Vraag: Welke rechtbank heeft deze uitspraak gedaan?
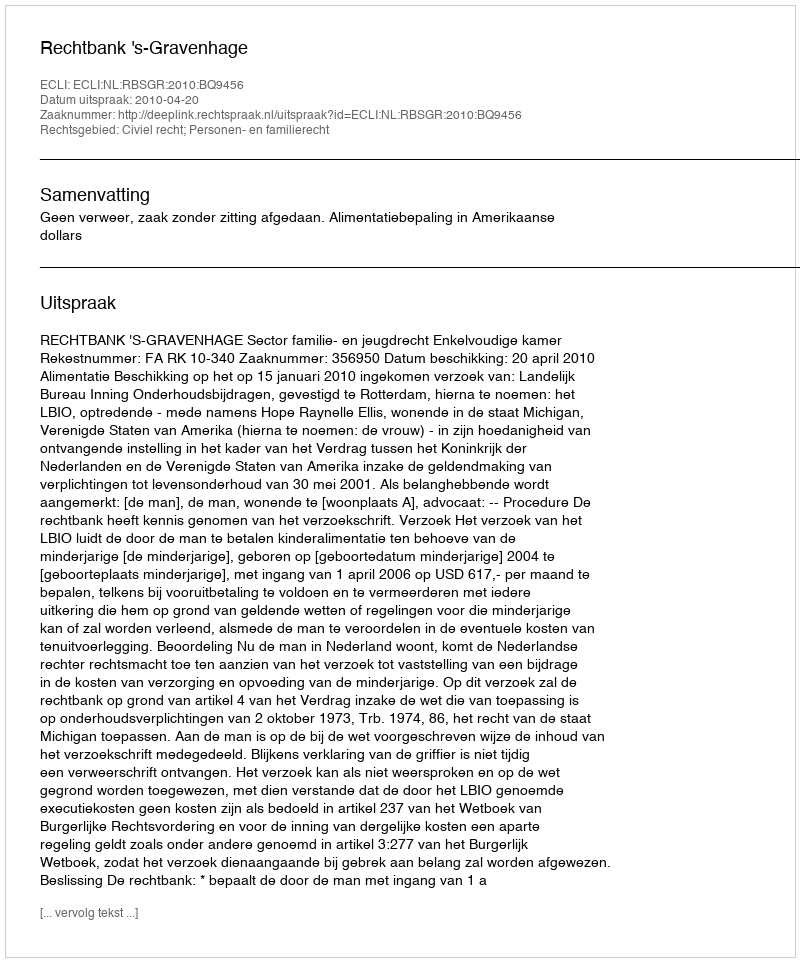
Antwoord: Rechtbank 's-Gravenhage